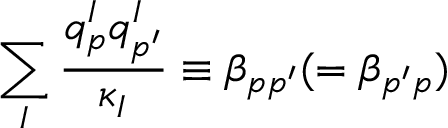
\sum _ { I } \frac { q _ { p } ^ { I } q _ { p ^ { \prime } } ^ { I } } { \kappa _ { I } } \equiv \beta _ { p p ^ { \prime } } ( = \beta _ { p ^ { \prime } p } )